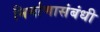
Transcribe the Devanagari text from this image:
निर्माणासंबंधी